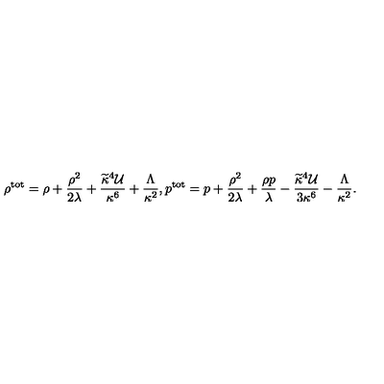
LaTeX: \rho ^ { \mathrm { t o t } } = \rho + { \frac { \rho ^ { 2 } } { 2 \lambda } } + { \frac { \widetilde { \kappa } ^ { 4 } { \cal U } } { \kappa ^ { 6 } } } + { \frac { \Lambda } { \kappa ^ { 2 } } } , p ^ { \mathrm { t o t } } = p + { \frac { \rho ^ { 2 } } { 2 \lambda } } + { \frac { \rho p } { \lambda } } - { \frac { \widetilde { \kappa } ^ { 4 } { \cal U } } { 3 \kappa ^ { 6 } } } - { \frac { \Lambda } { \kappa ^ { 2 } } } .